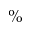
\%